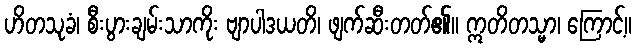
ဟိတသုခံ၊ စီးပွားချမ်းသာကိုး ဗျာပါဒယတိ၊ ဖျက်ဆီးတတ်၏။ ဣတိတသ္မာ၊ ကြောင့်။